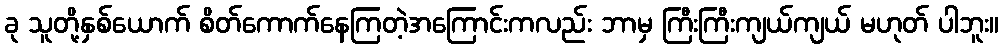
ခု သူတို့နှစ်ယောက် စိတ်ကောက်နေကြတဲ့အကြောင်းကလည်း ဘာမှ ကြီးကြီးကျယ်ကျယ် မဟုတ် ပါဘူး။